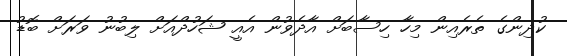
ކުދިންގެ ތެރެއިން މިހާ ހިސާބަށް އާދެވުން އެއީ ޝަހުދްއަށް ލިބުނު ވަރަށް ބޮޑު